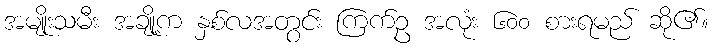
အမျိုးသမီး အချို့က နှစ်လအတွင်း ကြက်ဥ အလုံး ၆၀၀ စားရမည် ဆို၏။